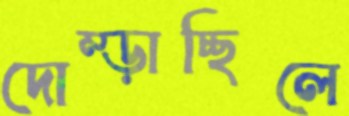
দোম্‌ড়াচ্ছিলে